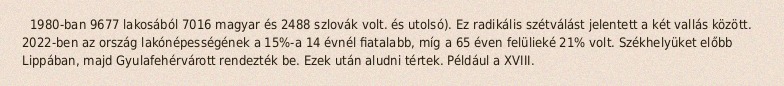
1980-ban 9677 lakosából 7016 magyar és 2488 szlovák volt. és utolsó). Ez radikális szétválást jelentett a két vallás között. 2022-ben az ország lakónépességének a 15%-a 14 évnél fiatalabb, míg a 65 éven felülieké 21% volt. Székhelyüket előbb Lippában, majd Gyulafehérvárott rendezték be. Ezek után aludni tértek. Például a XVIII.